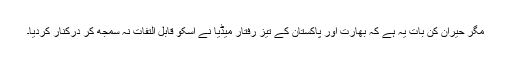
مگر حیران کن بات یہ ہے کہ بھارت اور پاکستان کے تیز رفتار میڈیا نے اسکو قابل التفات نہ سمجھ کر درکنار کردیا۔